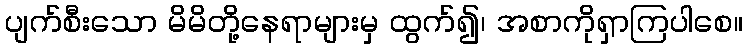
ပျက်စီးသော မိမိတို့နေရာများမှ ထွက်၍၊ အစာကိုရှာကြပါစေ။